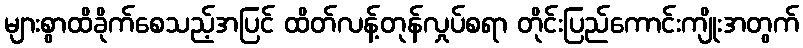
များစွာထိခိုက်စေသည့်အပြင် ထိတ်လန့်တုန်လှုပ်စရာ တိုင်းပြည်ကောင်းကျိုးအတွက်